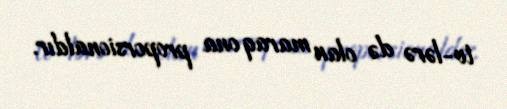
tv-lərə də olan maraq ona proporsionaldır.